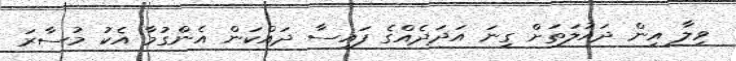
ވިލާ އިން ދައުލަތަށް ގިނަ އަދަދެއްގެ ފައިސާ ދައްކަން އެންގުމާ އެކު މުސާރަ